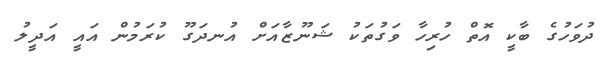
ދުވަހުގެ ބާކީ އޮތް ހުރިހާ ވަގުތަކު ޝަނޫޒާއަށް އުނދަގޫ ކުރަމުން އައީ އަދީލު